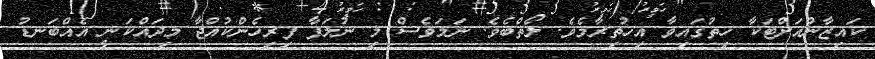
ކައިޒާންއަށްޓަކާ ހިތުގައިވާ އިހުތިރާމެވެ. ލޯތްބެވެ. ނަމަވެސް މި ނުލަފާ ފިރިހެންކުއްޖާ މިދައްކަނީ އެއްބަނޑު